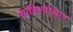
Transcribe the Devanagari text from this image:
साहित्योद्यान